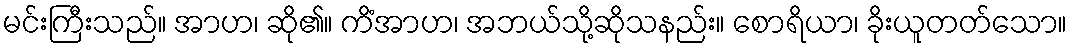
မင်းကြီးသည်။ အာဟ၊ ဆို၏။ ကိံအာဟ၊ အဘယ်သို့ဆိုသနည်း။ စောရိယာ၊ ခိုးယူတတ်သော။